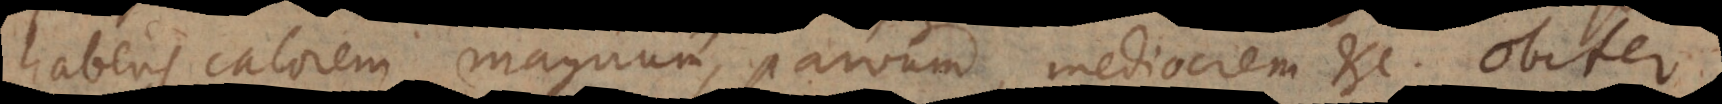
habens calorem magnum, parvum, mediocrem etc. Obiter